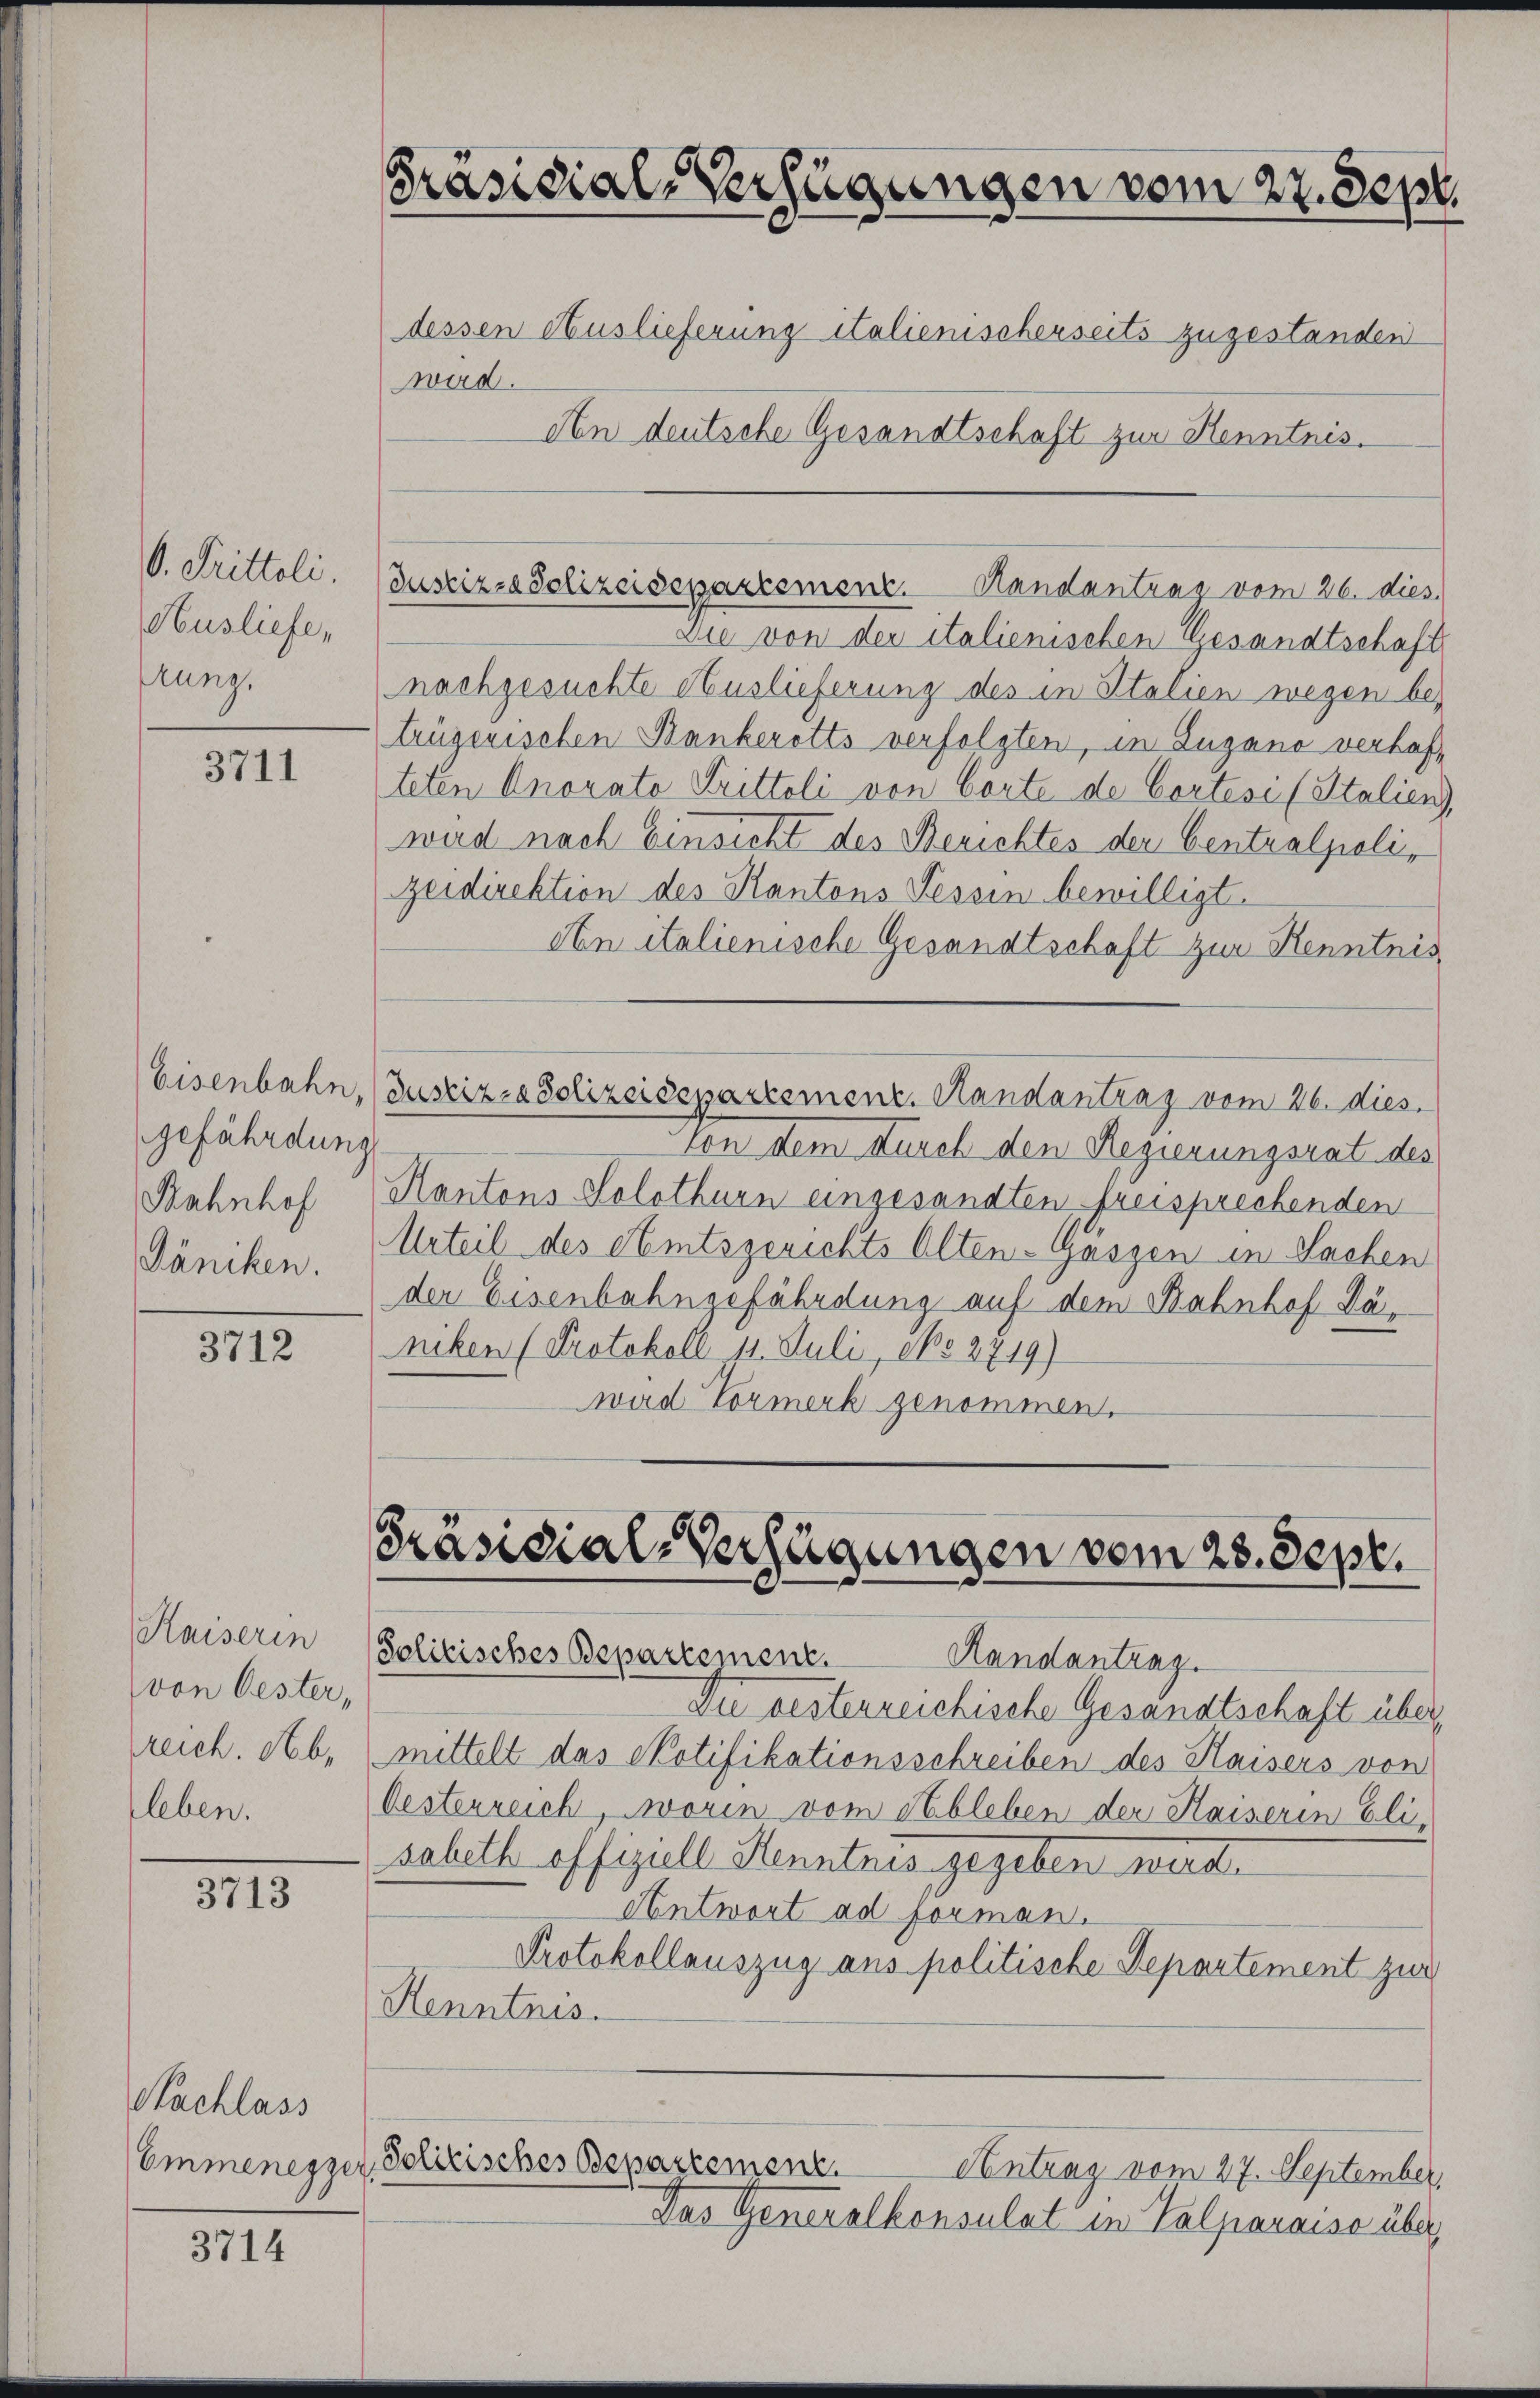
V. Tritteli.
Ausliefe,
Frunz.

3711

Eisenbahn,
gefährdung
Bahnhof
Jäniken.

3712

Kaiserin
von Oester,
reich. Nb,
leben.

3713

3714

Nachlass

Präsidial-Verfügungen vom 27. Sept.
dessen Auslieferung italienischerseits zugestanden
wird.
An deutsche Gesandtschaft zur Kenntnis.

Die von der italienischen Gesandtschaft
nachgesuchte Auslieferung des in Italien wegen be-
trügerischen Bankerotts verfolgten, in Lugano verhafteten Anorato Trittoli von Cörte de Cortesi (Stalien),
wird nach Einsicht des Berichtes der Centralpolizeidirektion des Kantons Tessin bewilligt.
An italienische Gesandtschaft zur Kenntnis,
Justiz- & Polizeidepartement. Handantrag vom 26. dies
Von dem durch den Regierungsrat des
Kantons Solothurn eingesandten freisprechenden
Urteil des Amtsgerichts Olten-Gäszen in Sachen
der Eisenbahngefährdung auf dem Bahnhof Däniken (Protokoll 11. Juli, No 2719)
wird Vormerk genommen.

Justiz- & Polizeidepartement. Handantras vom 26. dies

Präsidial-Verfügungen vom 23. Sept.
Solitisches Bepartement. Handantrag

Emmenesser Politisches Bepartement.

die besterreichische Gesandtschaft über,
mittelt das Notifikationsschreiben des Haisers von
Oesterreich worin vom Ableben der Kaiserin Eli-
sabeth offizull Kenntnis gegeben werde.
Antwort ad forman.
Protokollauszug aus politische Departement zur
Henntnis.

Das Generalkonsulat in Valparaise über

Antrag vom 27. September,